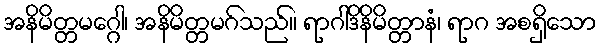
အနိမိတ္တမဂ္ဂေါ၊ အနိမိတ္တမဂ်သည်။ ရာဂါဒိနိမိတ္တာနံ၊ ရာဂ အစရှိသော